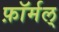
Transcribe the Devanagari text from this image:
फ़ॉर्मल्